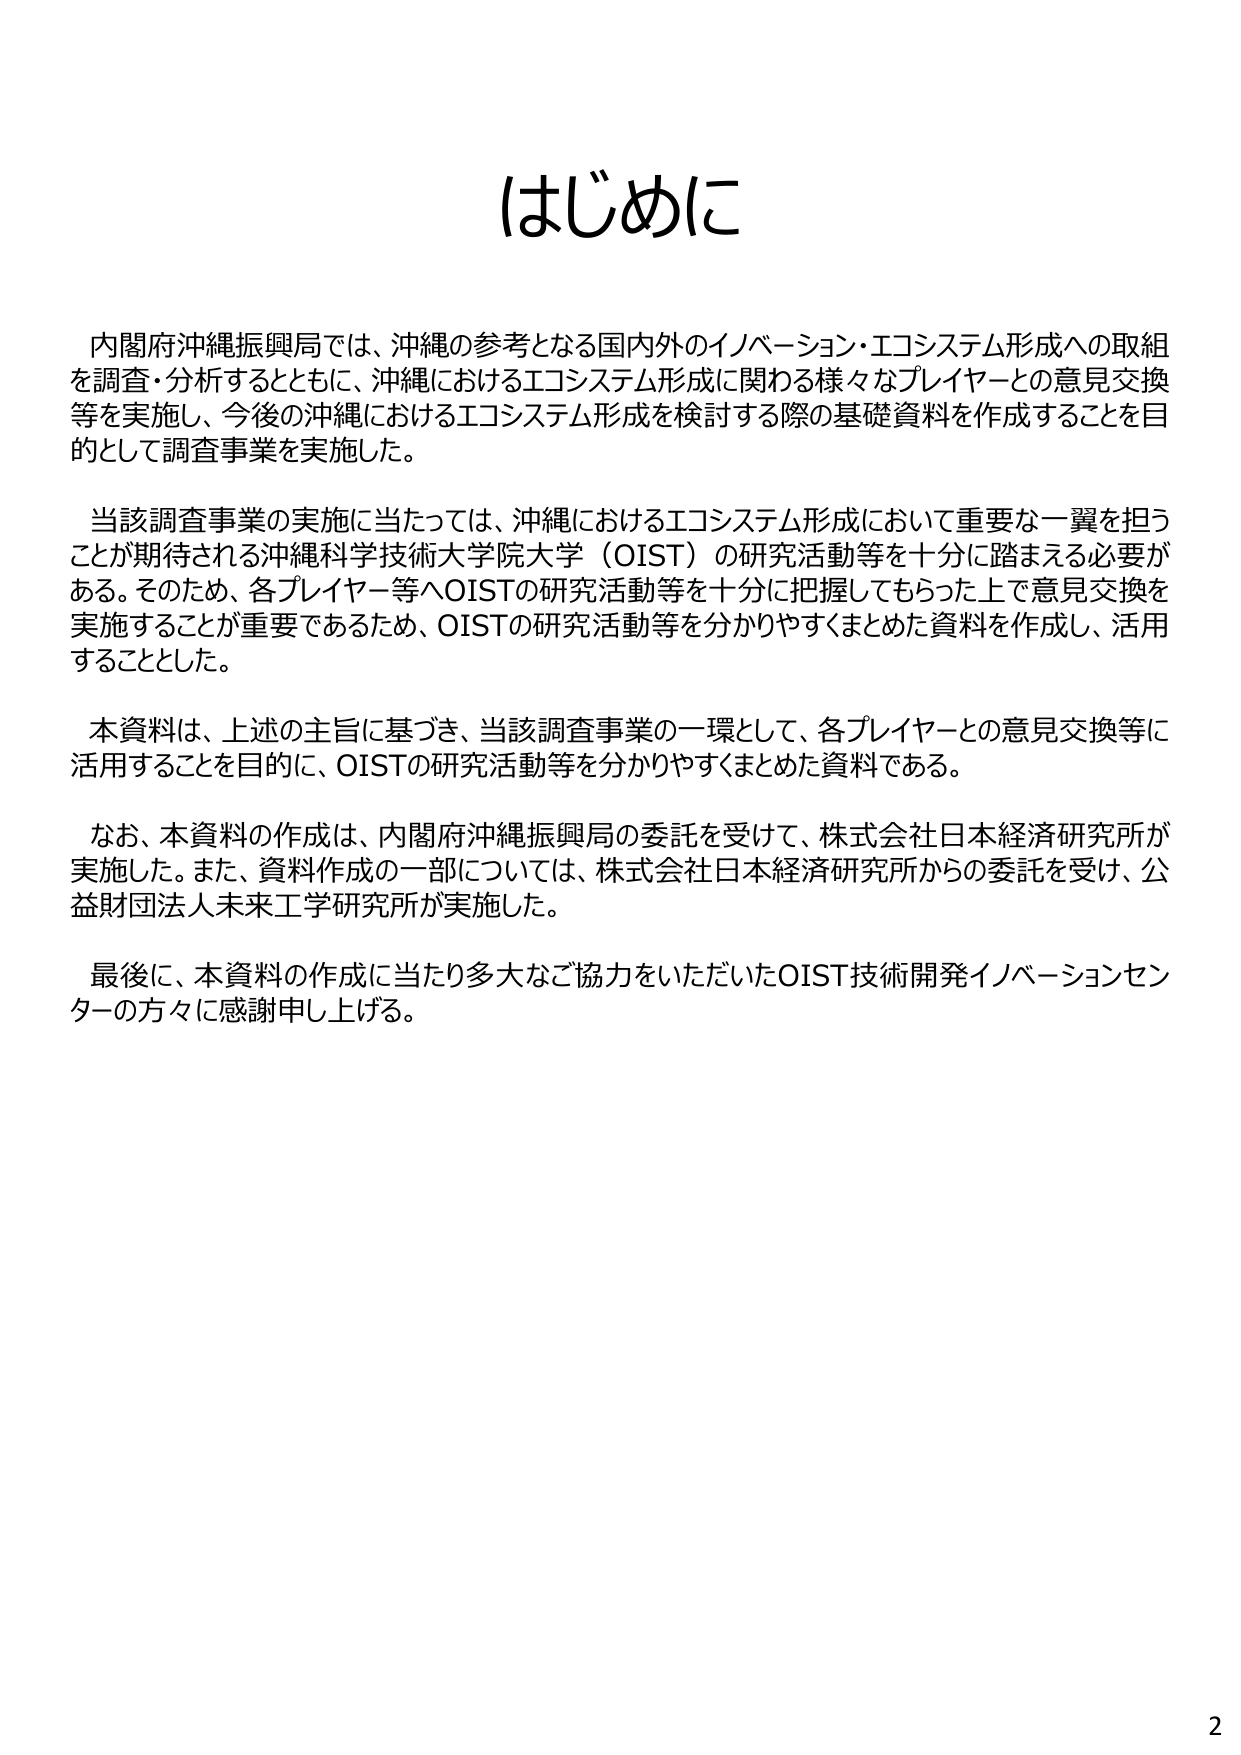
はじめに

内閣府沖縄振興局では、沖縄の参考となる国内外のイノベーション・エコシステム形成への取組を調査・分析するとともに、沖縄におけるエコシステム形成に関わる様々なプレイヤーとの意見交換等を実施し、今後の沖縄におけるエコシステム形成を検討する際の基礎資料を作成することを目的として調査事業を実施した。

当該調査事業の実施に当たっては、沖縄におけるエコシステム形成において重要な一翼を担うことが期待される沖縄科学技術大学院大学（OIST）の研究活動等を十分に踏まえる必要がある。そのため、各プレイヤー等へOISTの研究活動等を十分に把握してもらった上で意見交換を実施することが重要であるため、OISTの研究活動等を分かりやすくまとめた資料を作成し、活用することとした。

本資料は、上述の主旨に基づき、当該調査事業の一環として、各プレイヤーとの意見交換等に活用することを目的に、OISTの研究活動等を分かりやすくまとめた資料である。

なお、本資料の作成は、内閣府沖縄振興局の委託を受けて、株式会社日本経済研究所が実施した。また、資料作成の一部については、株式会社日本経済研究所からの委託を受け、公益財団法人未来工学研究所が実施した。

最後に、本資料の作成に当たり多大なご協力をいただいたOIST技術開発イノベーションセンターの方々に感謝申し上げる。

2